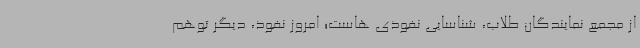
از مجمع نمایندگان طلاب، شناسایی نفوذی هاست؛ امروز نفوذ، دیگر توهم